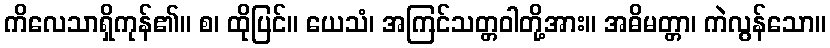
ကိလေသာရှိကုန်၏။ စ၊ ထိုပြင်။ ယေသံ၊ အကြင်သတ္တဝါတို့အား။ အဓိမတ္တာ၊ ကဲလွန်သော။